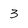
Character: 3